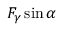
F _ { \gamma } \sin \alpha